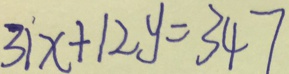
3 1 x + 1 2 y = 3 4 7